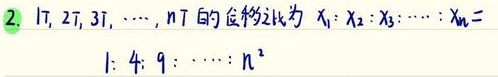
2. \(T, 2T, 3T, \cdots, nT\) 的位移比为 \(x_{1}:x_{2}:x_{3}:\cdots:x_{n}=1:4:9:\cdots:n^{2}\)